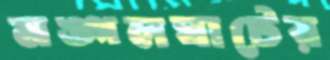
মঙ্গলঘাটের